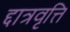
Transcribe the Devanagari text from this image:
द्दात्रवृत्ति